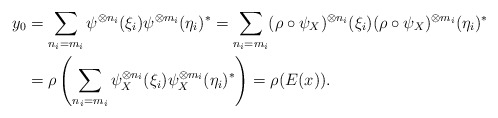
\begin{align*}y_0 &= \sum_{n_i = m_i} \psi^{\otimes n_i} (\xi_i) \psi^{\otimes m_i} (\eta_i)^* = \sum_{n_i = m_i} (\rho \circ \psi_X)^{\otimes n_i} (\xi_i) (\rho \circ \psi_X)^{\otimes m_i} (\eta_i)^* \\&= \rho \left ( \sum_{n_i = m_i} \psi_X^{\otimes n_i} (\xi_i) \psi_X^{\otimes m_i} (\eta_i)^* \right) = \rho ( E (x)).\end{align*}